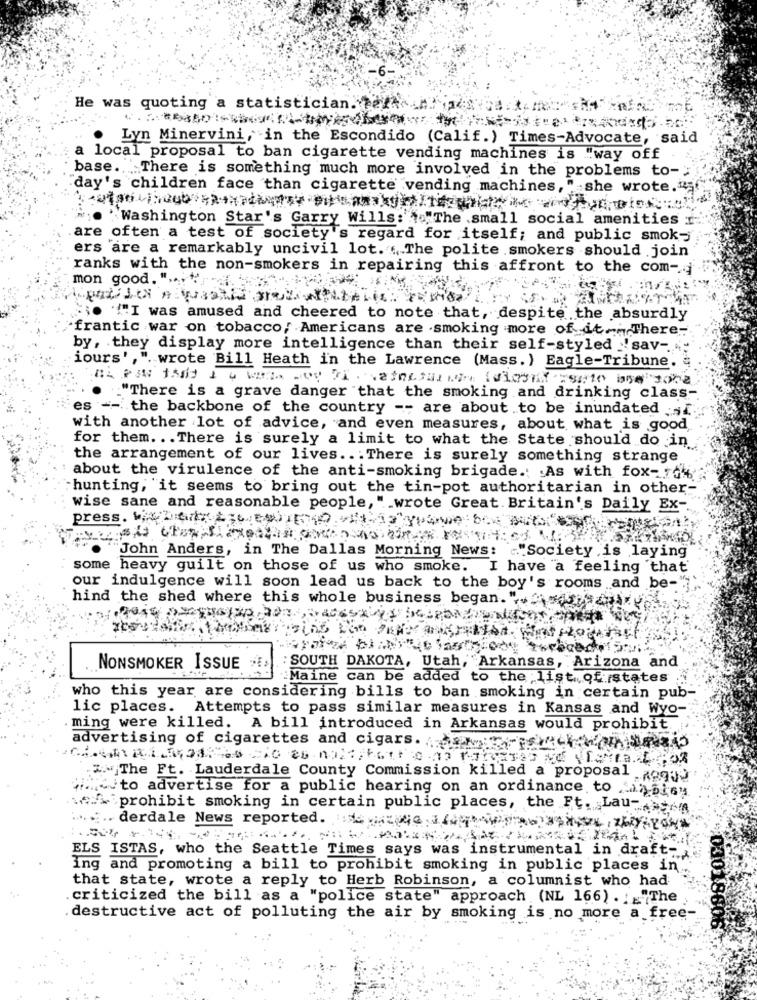
He was quoting a statistician. el chladsve
Lyn Minervini, in the Escondido (Calif.) Times-Advocate, said
a local proposal to ban cigarette vending machines is "way off
base .. .... T
There is something much more involved in the problems to-
day's children face than cigarette vending machines," she wrote."
"Washington Star's Garry Wills: "The small social amenities
.are often a test of society's regard for itself; and public smok-
ers are a remarkably uncivil lot. . The polite smokers should join
ranks with the non-smokers in repairing this affront to the com-
mon good. " ... "
. ""I was amused and cheered to note that, despite the absurdly
frantic war on tobacco, Americans are .smoking more of it. There-
by, they display more intelligence than their self-styled 'sav -.
iours', ". wrote Bill Heath in the Lawrence (Mass. ) Eagle-Tribune. #
."There is a grave danger that the smoking and drinking class-
es -- the backbone of the country -- are about to be inundated .s.
with another lot of advice, and even measures, about what is good,
for them. .. There is surely a limit to what the State should do in
the arrangement of our lives .. . There is surely something strange
about the virulence of the anti-smoking brigade .: As with fox-dh
hunting, it seems to bring out the tin-pot authoritarian in other-
wise sane and reasonable people, " wrote Great. Britain's Daily Ex -.
John Anders, in The Dallas Morning News: "Society is laying
some heavy guilt on those of us who smoke.
I have a feeling that
our indulgence will soon lead us back to the boy's rooms and be-"."
hind the shed where this whole business began."
NONSMOKER ISSUE
: SOUTH DAKOTA, Utah, Arkansas, Arizona and
Maine can be added to the list of states
who this year are considering bills to ban smoking in certain pub-
lic places. Attempts to pass similar measures in Kansas and Wyo-
ming were killed. A bill introduced in Arkansas would prohibit.
advertising of cigarettes and cigars ..
"The Ft. Lauderdale County Commission killed a proposal
.to advertise for a public hearing on an ordinance to .- isi6y
w_^ prohibit smoking in certain public places, the Ft. Lau-
...... derdale News reported. : (
ELS ISTAS, who the Seattle Times says was instrumental in draft -,
Ing and promoting a bill to prohibit smoking in public places in".
that state, wrote a reply to Herb Robinson, a columnist who had
criticized the bill as a "police state"
approach (NL 166) . _ "The
destructive act of polluting the air by smoking is no more a free-
0301860